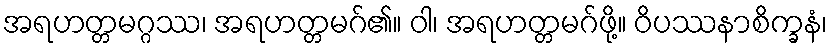
အရဟတ္တမဂ္ဂဿ၊ အရဟတ္တမဂ်၏။ ဝါ၊ အရဟတ္တမဂ်ဖို့။ ဝိပဿနာစိက္ခနံ၊